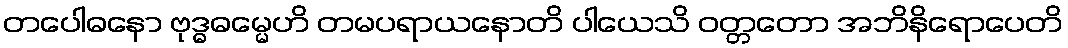
တပေါဓနော ဗုဒ္ဓဓမ္မေဟိ တမပရာယနောတိ ပါယေသိ ဝတ္တတော အဘိနိရောပေတိ